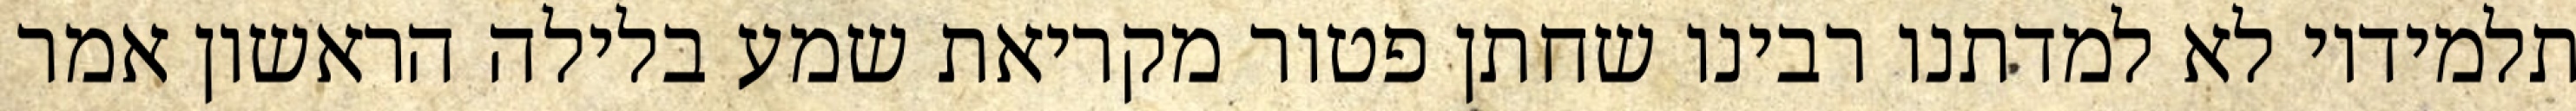
תלמידיו לא למדתנו רבינו שחתן פטור מקריאת שמע בלילה הראשון אמר